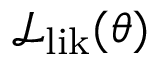
\mathcal { L } _ { \mathrm { l i k } } ( \theta )